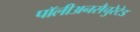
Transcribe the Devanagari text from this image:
पॉलीअनसैचुरेटेड